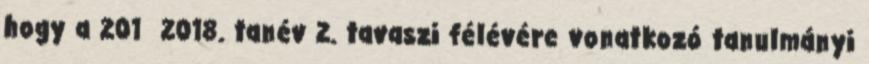
hogy a 201 2018. tanév 2. tavaszi félévére vonatkozó tanulmányi